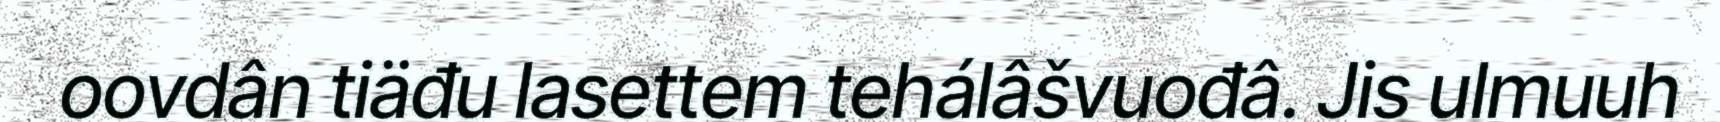
oovdân tiäđu lasettem tehálâšvuođâ. Jis ulmuuh